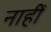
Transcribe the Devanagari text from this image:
नाहीँ